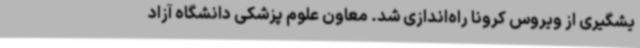
یشگیری از ویروس کرونا راه‌اندازی شد. معاون علوم پزشکی دانشگاه آزاد